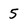
Character: 5